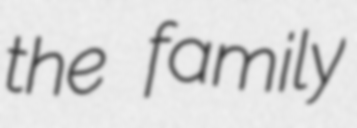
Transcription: the family